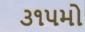
૩૧૫મો